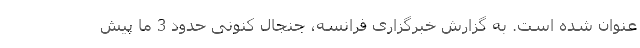
عنوان شده است. به گزارش خبرگزاری فرانسه، جنجال کنونی حدود 3 ما پیش